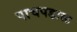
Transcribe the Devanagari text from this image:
पाचपडाळ